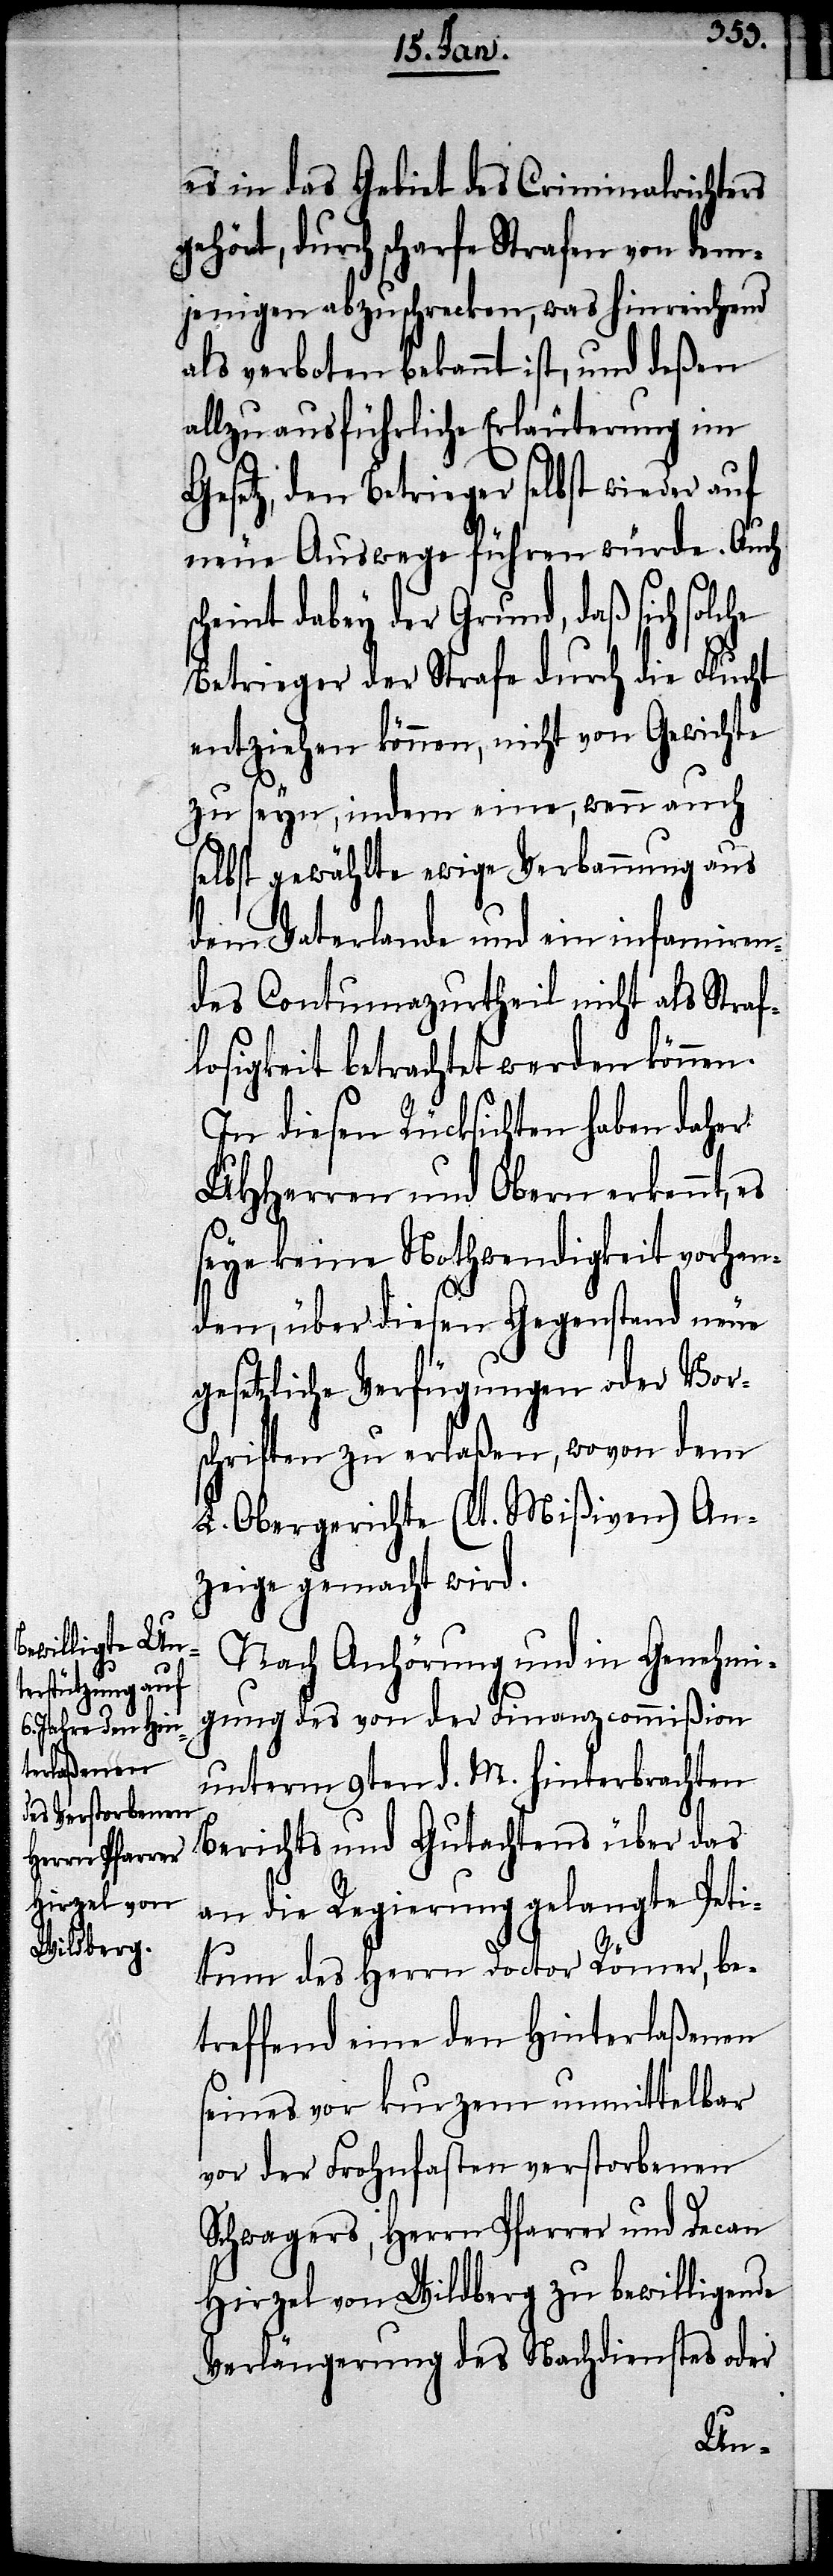
es in das Gebiet des Criminalrichters
gehört, durch scharfe Strafen von dem¬
jenigen abzuschrecken, was hinreichend
als verboten bekannt ist, und deßen
allzu ausführliche Erläuterung im
Gesetz, den Betrieger selbst wieder auf
neue Auswege führen würde. Auch
scheint dabey der Grund, daß sich solche
Betrieger der Strafe durch die Flucht
entziehen können, nicht von Gewichte
zu seyn, indem eine, wenn auch
selbst gewählte ewige Verbannung aus
dem Vaterlande und ein infamiren¬
des Contumazurtheil nicht als Straf¬
losigkeit betrachtet werden können.
In diesen Rücksichten haben daher
UHHerren und Obern erkennt,
seye keine Nothwendigkeit vorhan¬
den, über diesen Gegenstand neue
gesetzliche Verfügungen oder Vor¬
schriften zu erlaßen, wovon dem
L. Obergerichte (lt. Mißiven) An¬
zeige gemacht wird.
Nach Anhörung und in Genehmi¬
gung des von der Finanzcommißion
unterm 9ten d. M. hinterbrachten
Berichts und Gutachtens über das
an die Regierung gelangte Peti¬
tum des Herrn Doctor Römer, be¬
treffend eine den Hinterlaßenen
seines vor kurzem unmittelbar
vor der Frohnfasten verstorbenen
Schwagers, Herrn Pfarrer und Decan
Hirzel von Wildberg zu bewilligende
Verlängerung des Nachdienstes oder